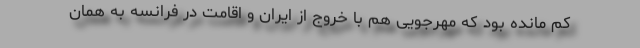
کم مانده بود که مهرجویی هم با خروج از ایران و اقامت در فرانسه به همان